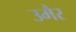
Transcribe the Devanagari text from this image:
उमैर